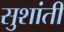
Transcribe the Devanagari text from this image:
सुशांती